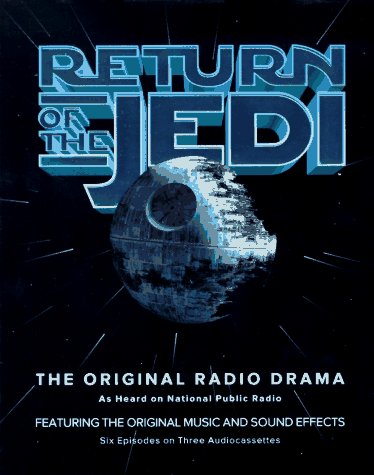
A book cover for Return of the Jedi (Star Wars (Penguin Audio)); George Lucas; Humor & Entertainment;